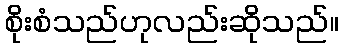
စိုးစံသည်ဟုလည်းဆိုသည်။